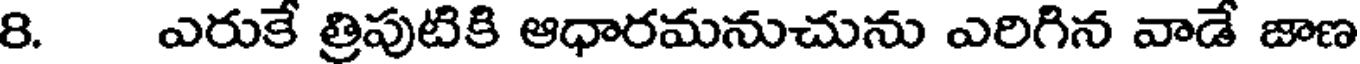
8. ఎరుకే త్రిపుటికి ఆధారమనుచును ఎరిగిన వాడే జాణ